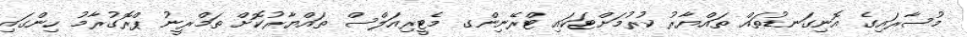
މުސާރައިގެ އޮނިގަނޑުތައް ތައްޔާރު ކުރުމަށްޓަކައި ޓްރޭނިންގ މެޓީރިއަލްސް ތައްޔާރުކޮށް ތަމްރީނު ޕްރޮގުރާމު ހިންގައި